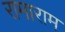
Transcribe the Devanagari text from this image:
रामाराम